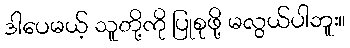
ဒါပေမယ့် သူတို့ကို ပြုစုဖို့ မလွယ်ပါဘူး။